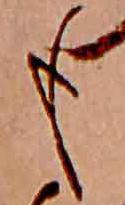
も